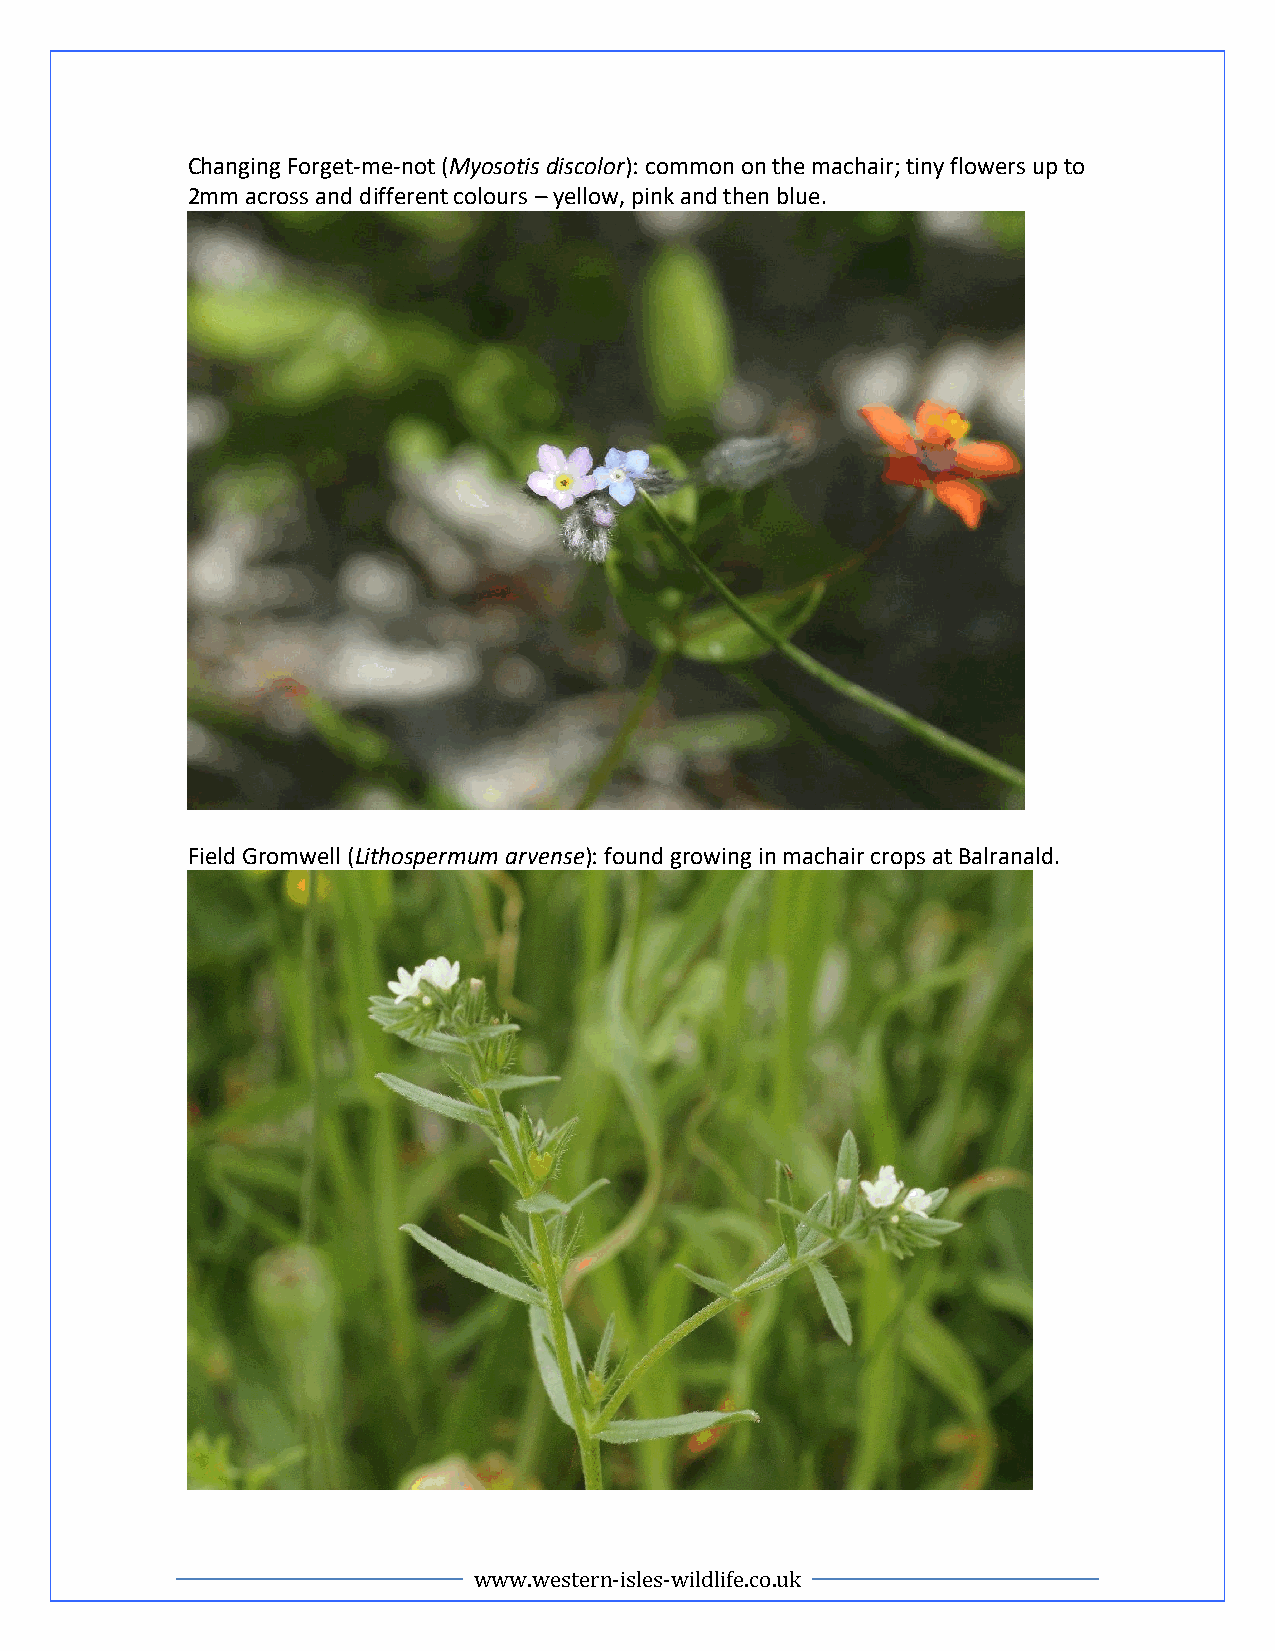
Changing Forget-me-not (Myosotis discolor): common on the machair; tiny flowers up to
 2mm across and different colours – yellow, pink and then blue.
 Field Gromwell (Lithospermum arvense): found growing in machair crops at Balranald.
 www.western-isles-wildlife.co.uk